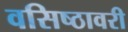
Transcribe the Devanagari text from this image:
वसिष्ठावरी